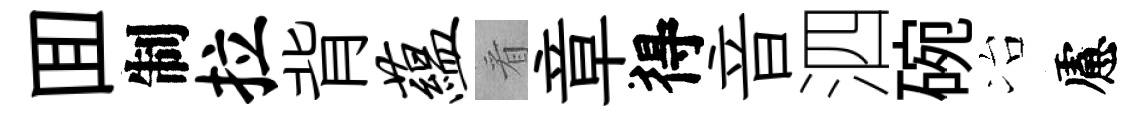
囬制拉背蕴㸔章得音泗碗冶慮